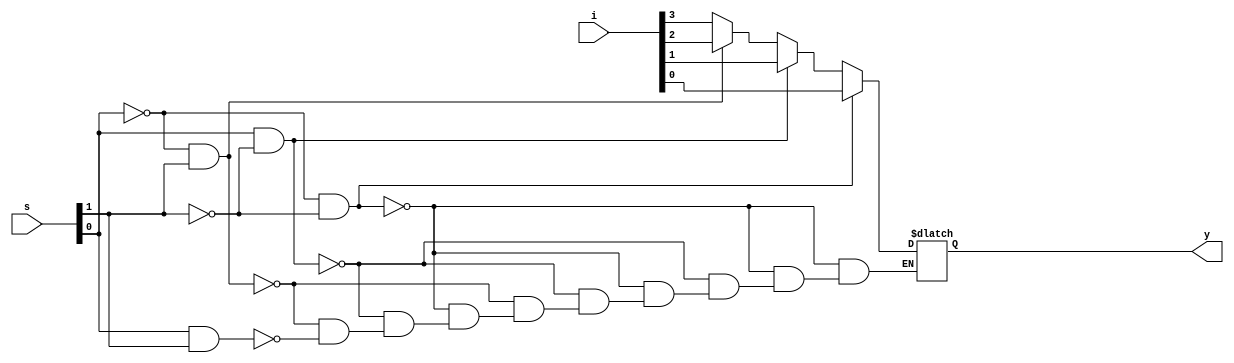
`timescale 1ns / 1ps

module mux_beh(i,s,y);

input wire [3:0] i;
input [1:0] s;
output reg y;
always @(s)
if(s[0] == 0 && s[1] ==0)
    begin
        y=i[0];
    end
    
else if(s[0] == 1 && s[1] ==0)
    begin
        y=i[1];
    end        
else if(s[0] == 0 && s[1] ==1)
    begin
        y=i[2];
    end 
else if(s[0] == 1 && s[1] ==1)
    begin
        y=i[3];
    end     
endmodule

module mux_beh_tb;
reg [3:0] I;
reg [1:0] S;
wire y;
mux_beh mux1(.i(I),.s(S),.y(y));

integer i=0;
initial
begin
I = 1010;
for(i=0;i<4;i=i+1)
    #10 S = i;
end
endmodule